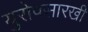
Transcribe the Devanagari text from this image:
युरोपसारखी